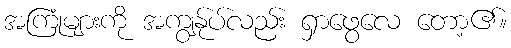
အကြုံများကို အကျွန်ုပ်လည်း ရှာဖွေလေ တော့၏။